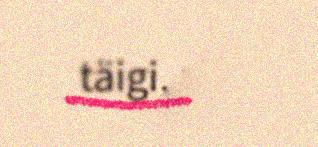
täigi, mii ij